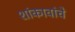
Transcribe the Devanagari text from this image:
शांकावांचे